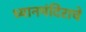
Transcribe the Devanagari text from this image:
ध्यानमंदिराचे